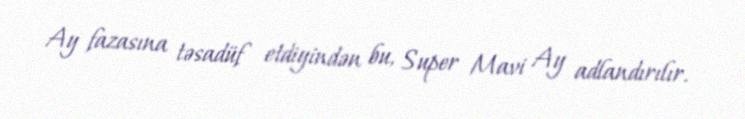
Ay fazasına təsadüf etdiyindən bu, Super Mavi Ay adlandırılır.